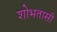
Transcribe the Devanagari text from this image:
शोभतासी